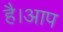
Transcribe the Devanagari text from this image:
है।आप